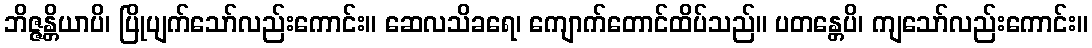
ဘိဇ္ဇန္တိယာပိ၊ ပြိုပျက်သော်လည်းကောင်း။ ဆေလသိခရေ၊ ကျောက်တောင်ထိပ်သည်။ ပတန္တေပိ၊ ကျသော်လည်းကောင်း။